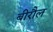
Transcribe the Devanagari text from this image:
बीरौल